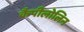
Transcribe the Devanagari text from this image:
कैपीलोलिन